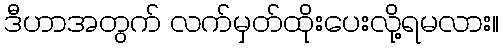
ဒီဟာအတွက် လက်မှတ်ထိုးပေးလို့ရမလား။